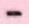
-